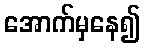
အောက်မှနေ၍